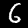
Label: 6